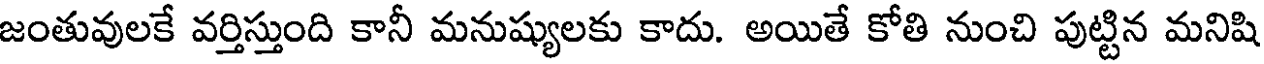
జంతువులకే వర్తిస్తుంది కానీ మనుష్యులకు కాదు. అయితే కోతి నుంచి పుట్టిన మనిషి